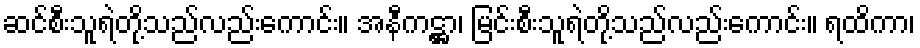
ဆင်စီးသူရဲတို့သည်လည်းကောင်း။ အနီကဋ္ဌာ၊ မြင်းစီးသူရဲတို့သည်လည်းကောင်း။ ရထိကာ၊